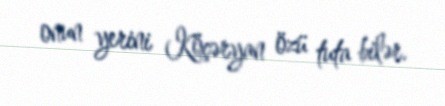
onun yerini Köçəryan özü tuta bilər.